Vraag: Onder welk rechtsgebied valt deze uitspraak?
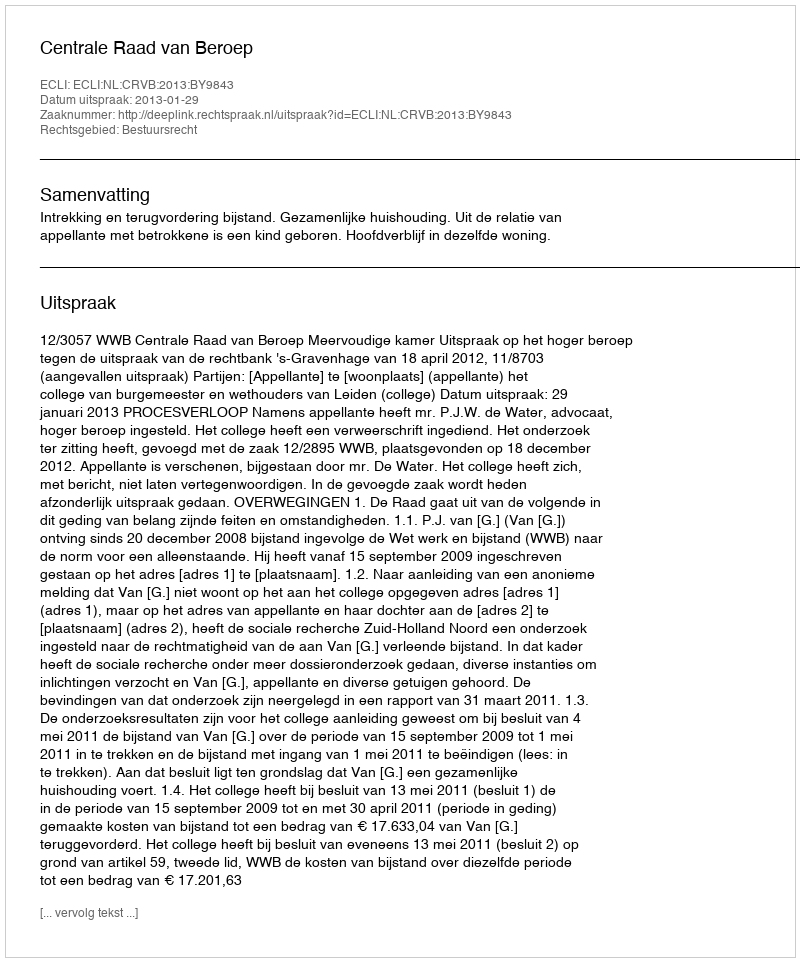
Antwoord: Bestuursrecht